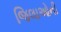
જિલાઓની